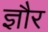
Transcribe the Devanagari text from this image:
ज्ञौर